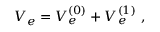
V _ { e } = V _ { e } ^ { ( 0 ) } + V _ { e } ^ { ( 1 ) } ~ ,